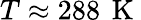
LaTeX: T\approx 288\, \mathrm{~K~}